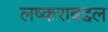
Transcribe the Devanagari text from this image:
लष्कराबद्दल